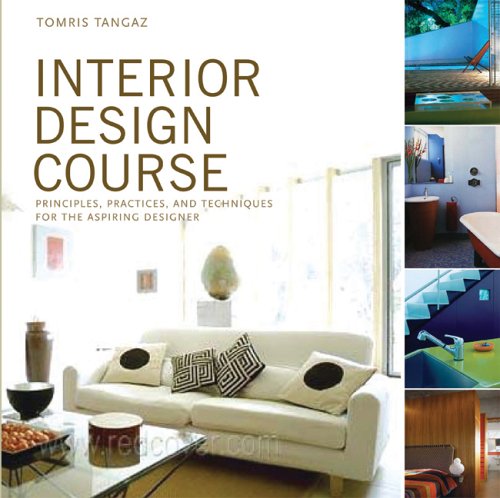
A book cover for Interior Design Course: Principles, Practices, and Techniques for the Aspiring Designer (Quarto Book); Tomris Tangaz; Arts & Photography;